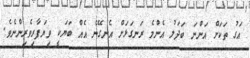
އަގު ތަކަށް އަންނަ ބަދަލު އެންމެ ރަނގަޅަށް އެނގޭނެ އެއް ބަޔަކީ ވިޔަފާރިވެރިންނެވެ.